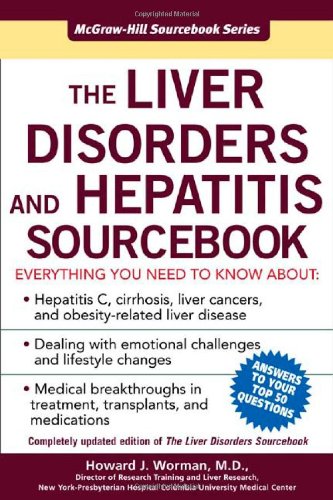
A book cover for The Liver Disorders and Hepatitis Sourcebook (Sourcebooks); Howard Worman; Health, Fitness & Dieting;